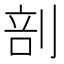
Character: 剖